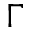
\Gamma